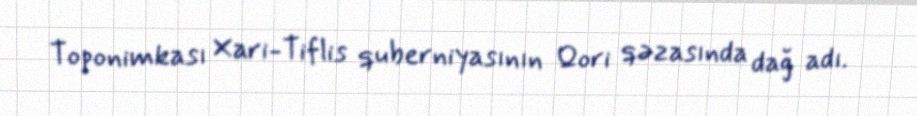
Toponimkası Xari-Tiflis quberniyasının Qori qəzasında dağ adı.